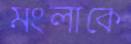
মংলাকে